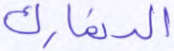
الدنمارك